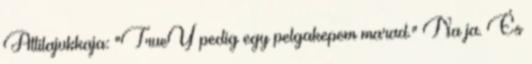
Attilajukkaja: "TrueY pedig egy pelgakepem marad." Na ja. És